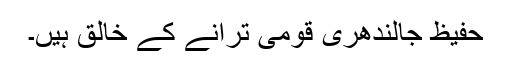
حفیظ جالندھری قومی ترانے کے خالق ہیں۔